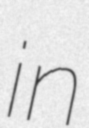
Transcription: in